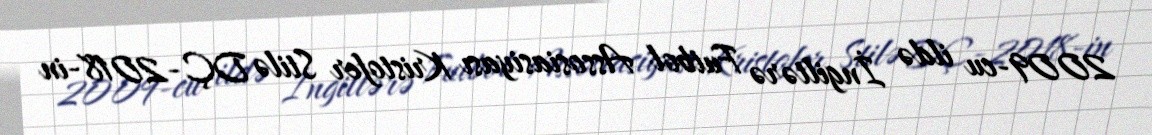
2009-cu ildə İngiltərə Futbol Assosiasiyası Kristofer Stilə DÇ-2018-in